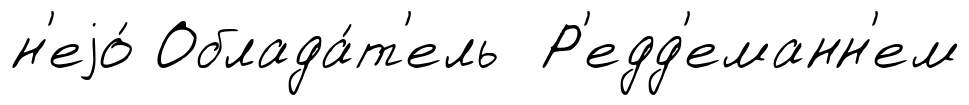
н'еjо́ Облада́т'ель Р'едд'еманн'ем